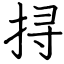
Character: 挦